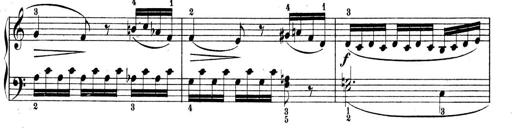
Title: 9 Sonatinen
Composer: Alexander Winterberger